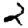
Digit: 2